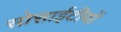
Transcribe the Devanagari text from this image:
सोसाईटीयों